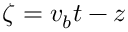
\zeta = v _ { b } t - z